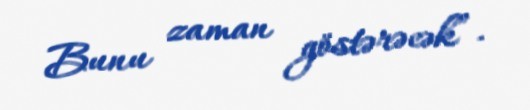
Bunu zaman göstərəcək”.